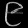
Digit: ၉